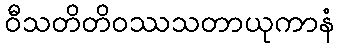
ဝီသတိတိဝဿသတာယုကာနံ